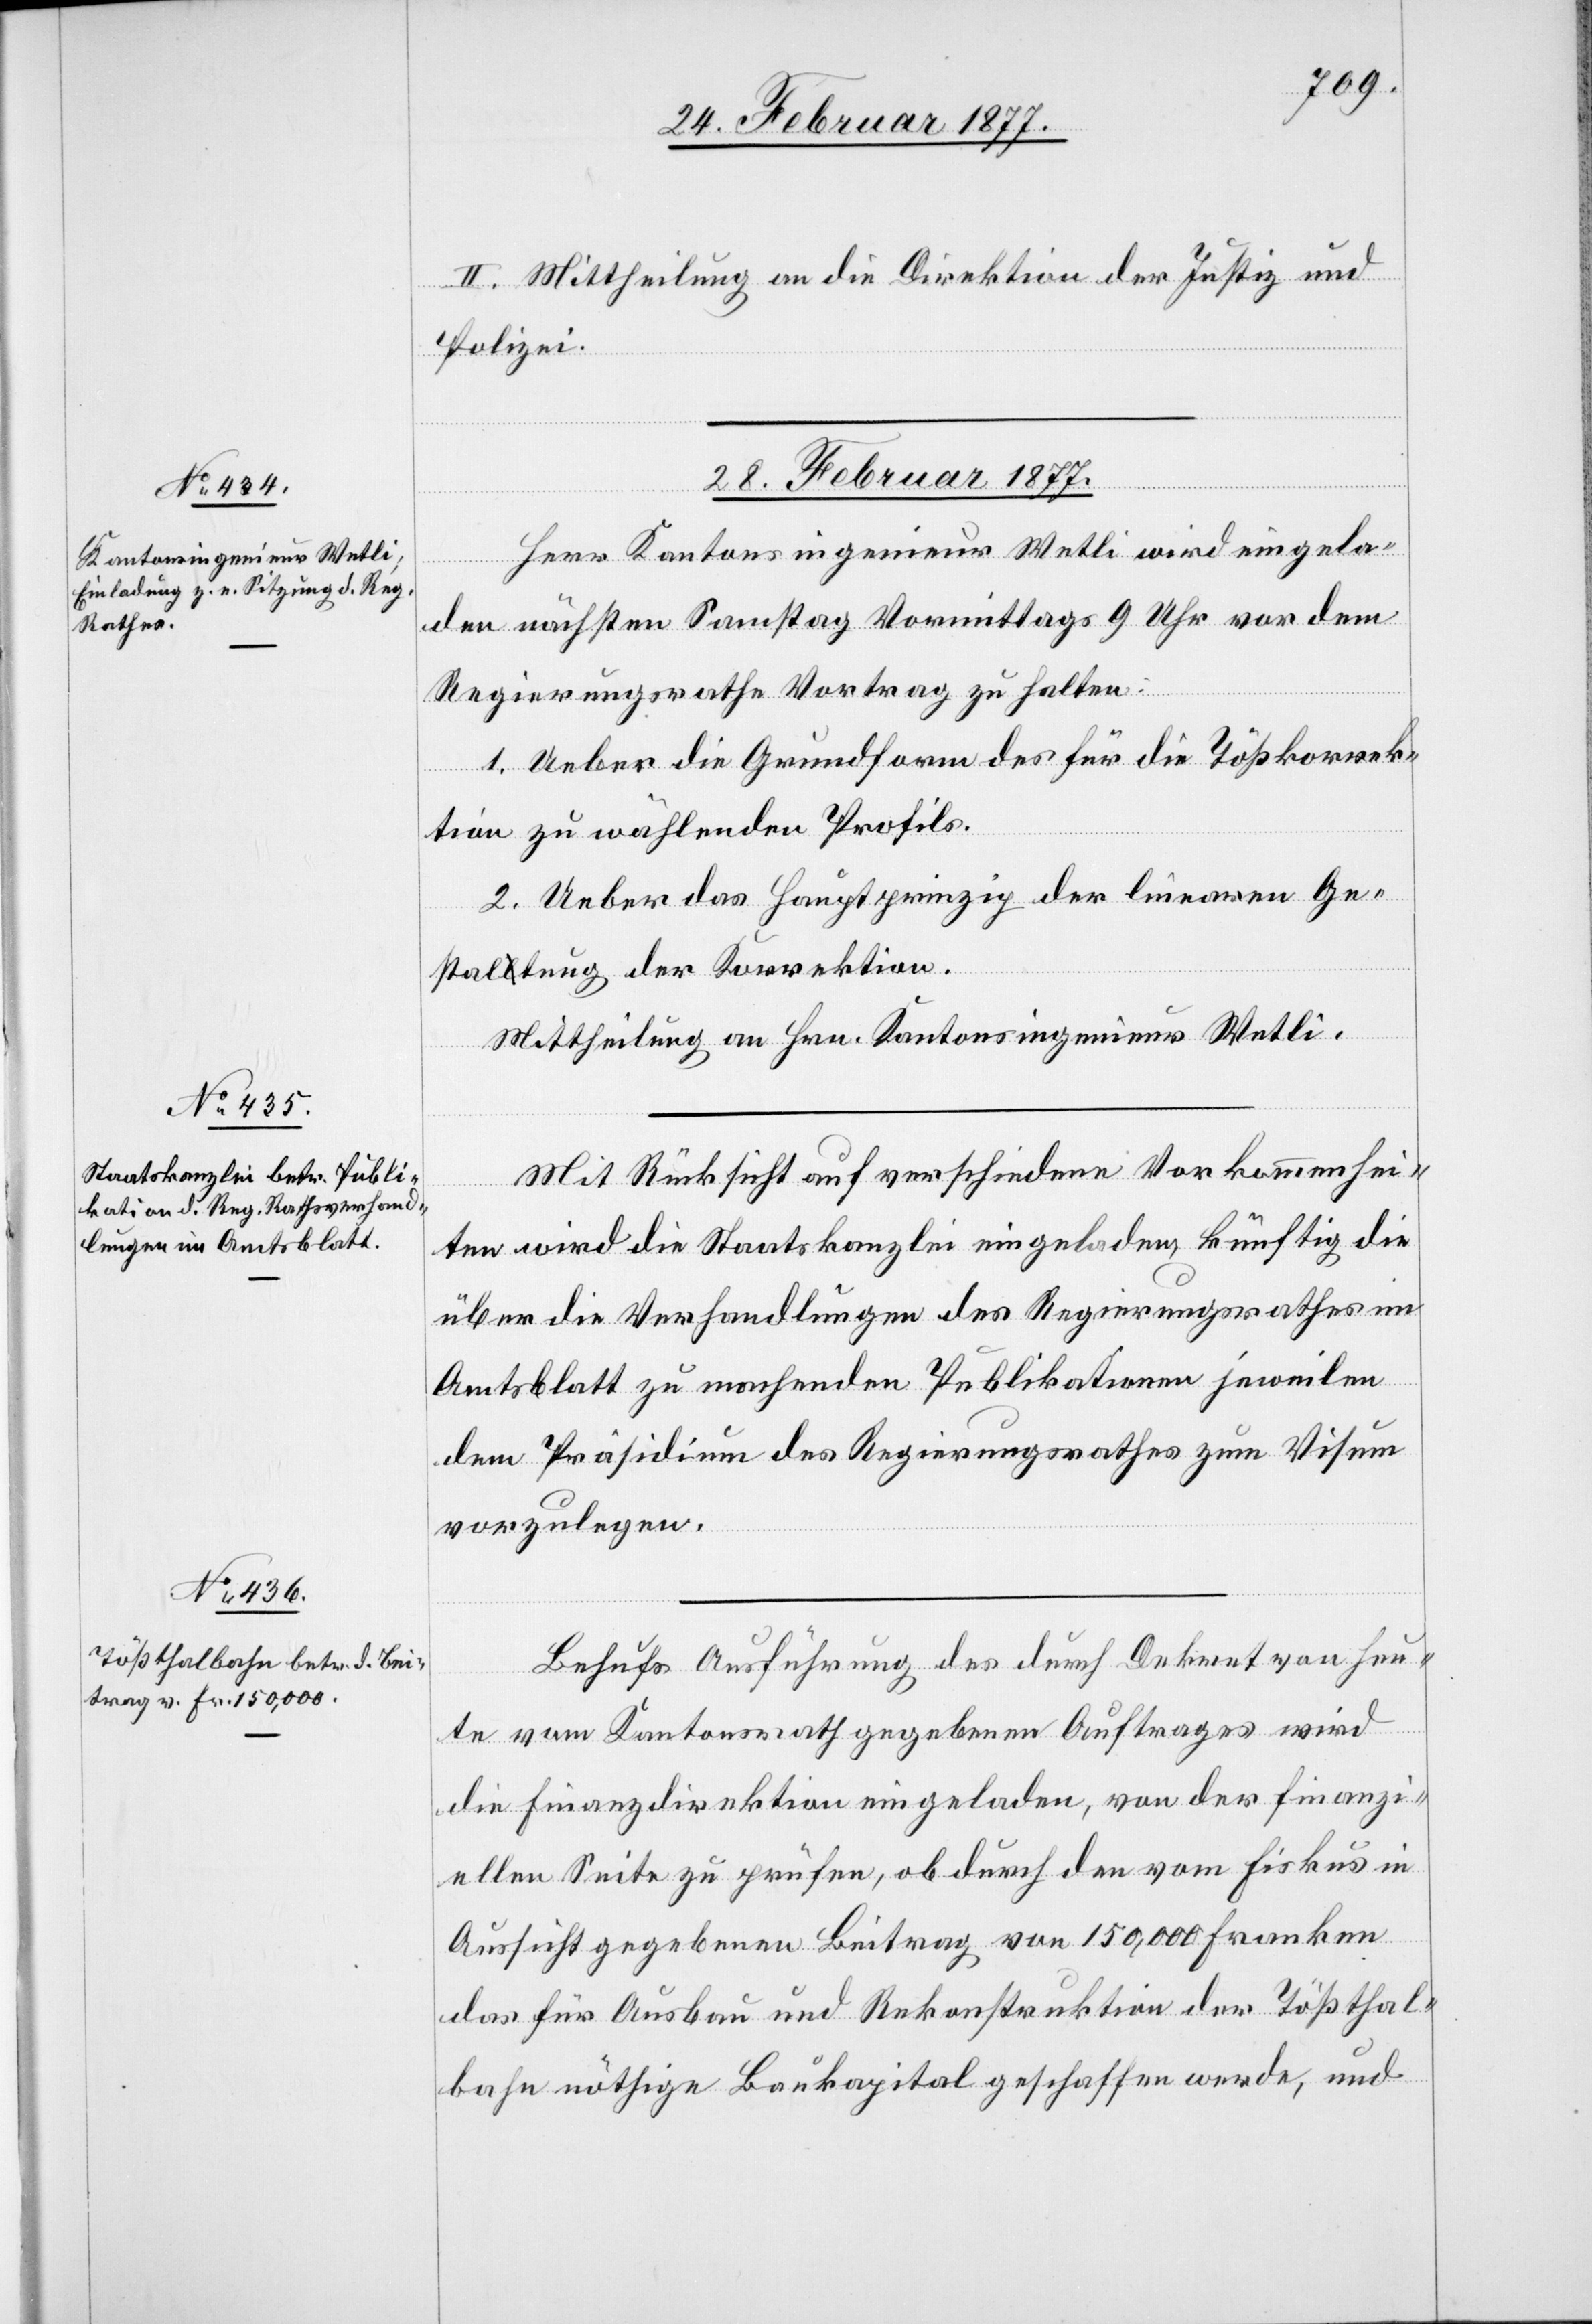
II. Mittheilung an die Direktion der Justiz und
Polizei.
28. Februar 1877.]
Herr Kantonsingenieur Welti wird eingela¬
den nächsten Samstag Vormittags 9 Uhr vor dem
Regierungsrathe Vortrag zu halten:
1. Ueber die Grundform des für die Tößkorrek¬
tion zu wählenden Profils.
2. Ueber das Hauptprinzip der linearen Ge¬
staltung der Korrektion.
Mittheilung an Hrn. Kantonsingenieur Welti.
Mit Rücksicht auf verschiedene Vorkommenhei¬
ten wird die Staatskanzlei eingeladen, künftig die
über die Verhandlungen des Regierungsrathes im
Amtsblatt zu machenden Publikationen jeweilen
dem Präsidium des Regierungsrathes zum Visum
vorzulegen.
Behufs Ausführung des durch Dekret von heu¬
te vom Kantonsrath gegebenen Auftrages wird
die Finanzdirektion eingeladen, von der finanzi¬
ellen Seite zu prüfen, ob durch den vom Fiskus in
Aussicht gegebenen Beitrag von 150,000 Franken
das für Ausbau und Rekonstruktion der Tößthal¬
bahn nöthige Baukapital geschaffen werde, und